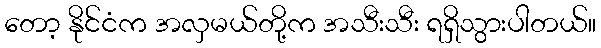
တော့ နိုင်ငံက အလှမယ်တို့က အသီးသီး ရရှိသွားပါတယ်။